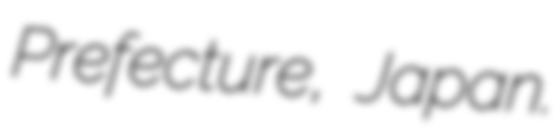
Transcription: Prefecture, Japan.